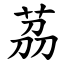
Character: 茘